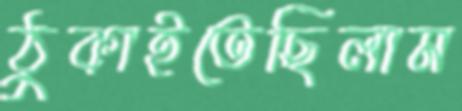
ঠুকাইতেছিলাম